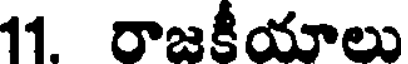
11 రాజకీయాలు